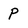
Character: p